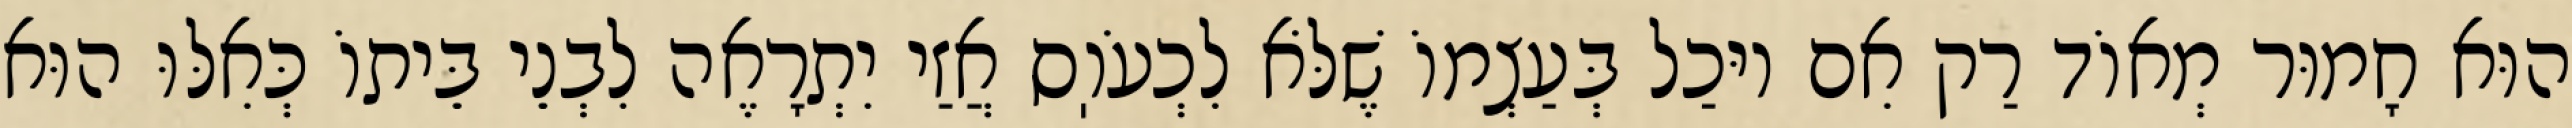
הוּא חָמוּר מְאוֹד רַק אִם יוּכַל בְּעַצְמוֹ שֶׁלֹּא לִכְעֹוֽס אֲזַי יִתְרָאֶה לִבְנֵי בֵּיתוֹ כְּאִלּוּ הוּא